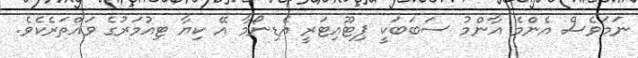
ނަމަވެސް އެންމެ އާންމު ސަބަބަކީ ޕިޓޫއިޓަރީ އެޑިނޯމާ އޭ ކިޔާ ޓިއުމަރުގެ ވައްތަރެކެވެ.